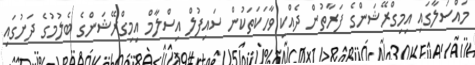
މައްސަލާގައި އިމިގްރޭޝަންގެ ފަރާތުން ދެއްކި ވާހަކަތަކުން ސައިފުލް އިސްލާމް އިމިގްރޭޝަންގެ ބެލުމުގެ ދަށުގައި